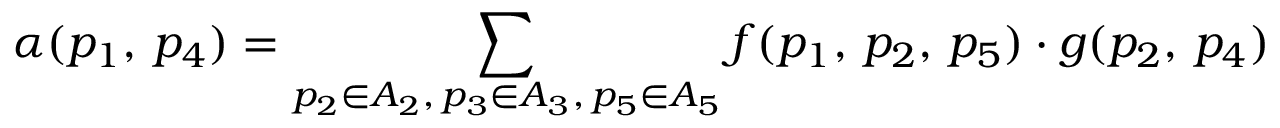
\alpha ( p _ { 1 } , \, p _ { 4 } ) = \displaystyle \sum _ { p _ { 2 } \in A _ { 2 } , \, p _ { 3 } \in A _ { 3 } , \, p _ { 5 } \in A _ { 5 } } f ( p _ { 1 } , \, p _ { 2 } , \, p _ { 5 } ) \cdot g ( p _ { 2 } , \, p _ { 4 } )